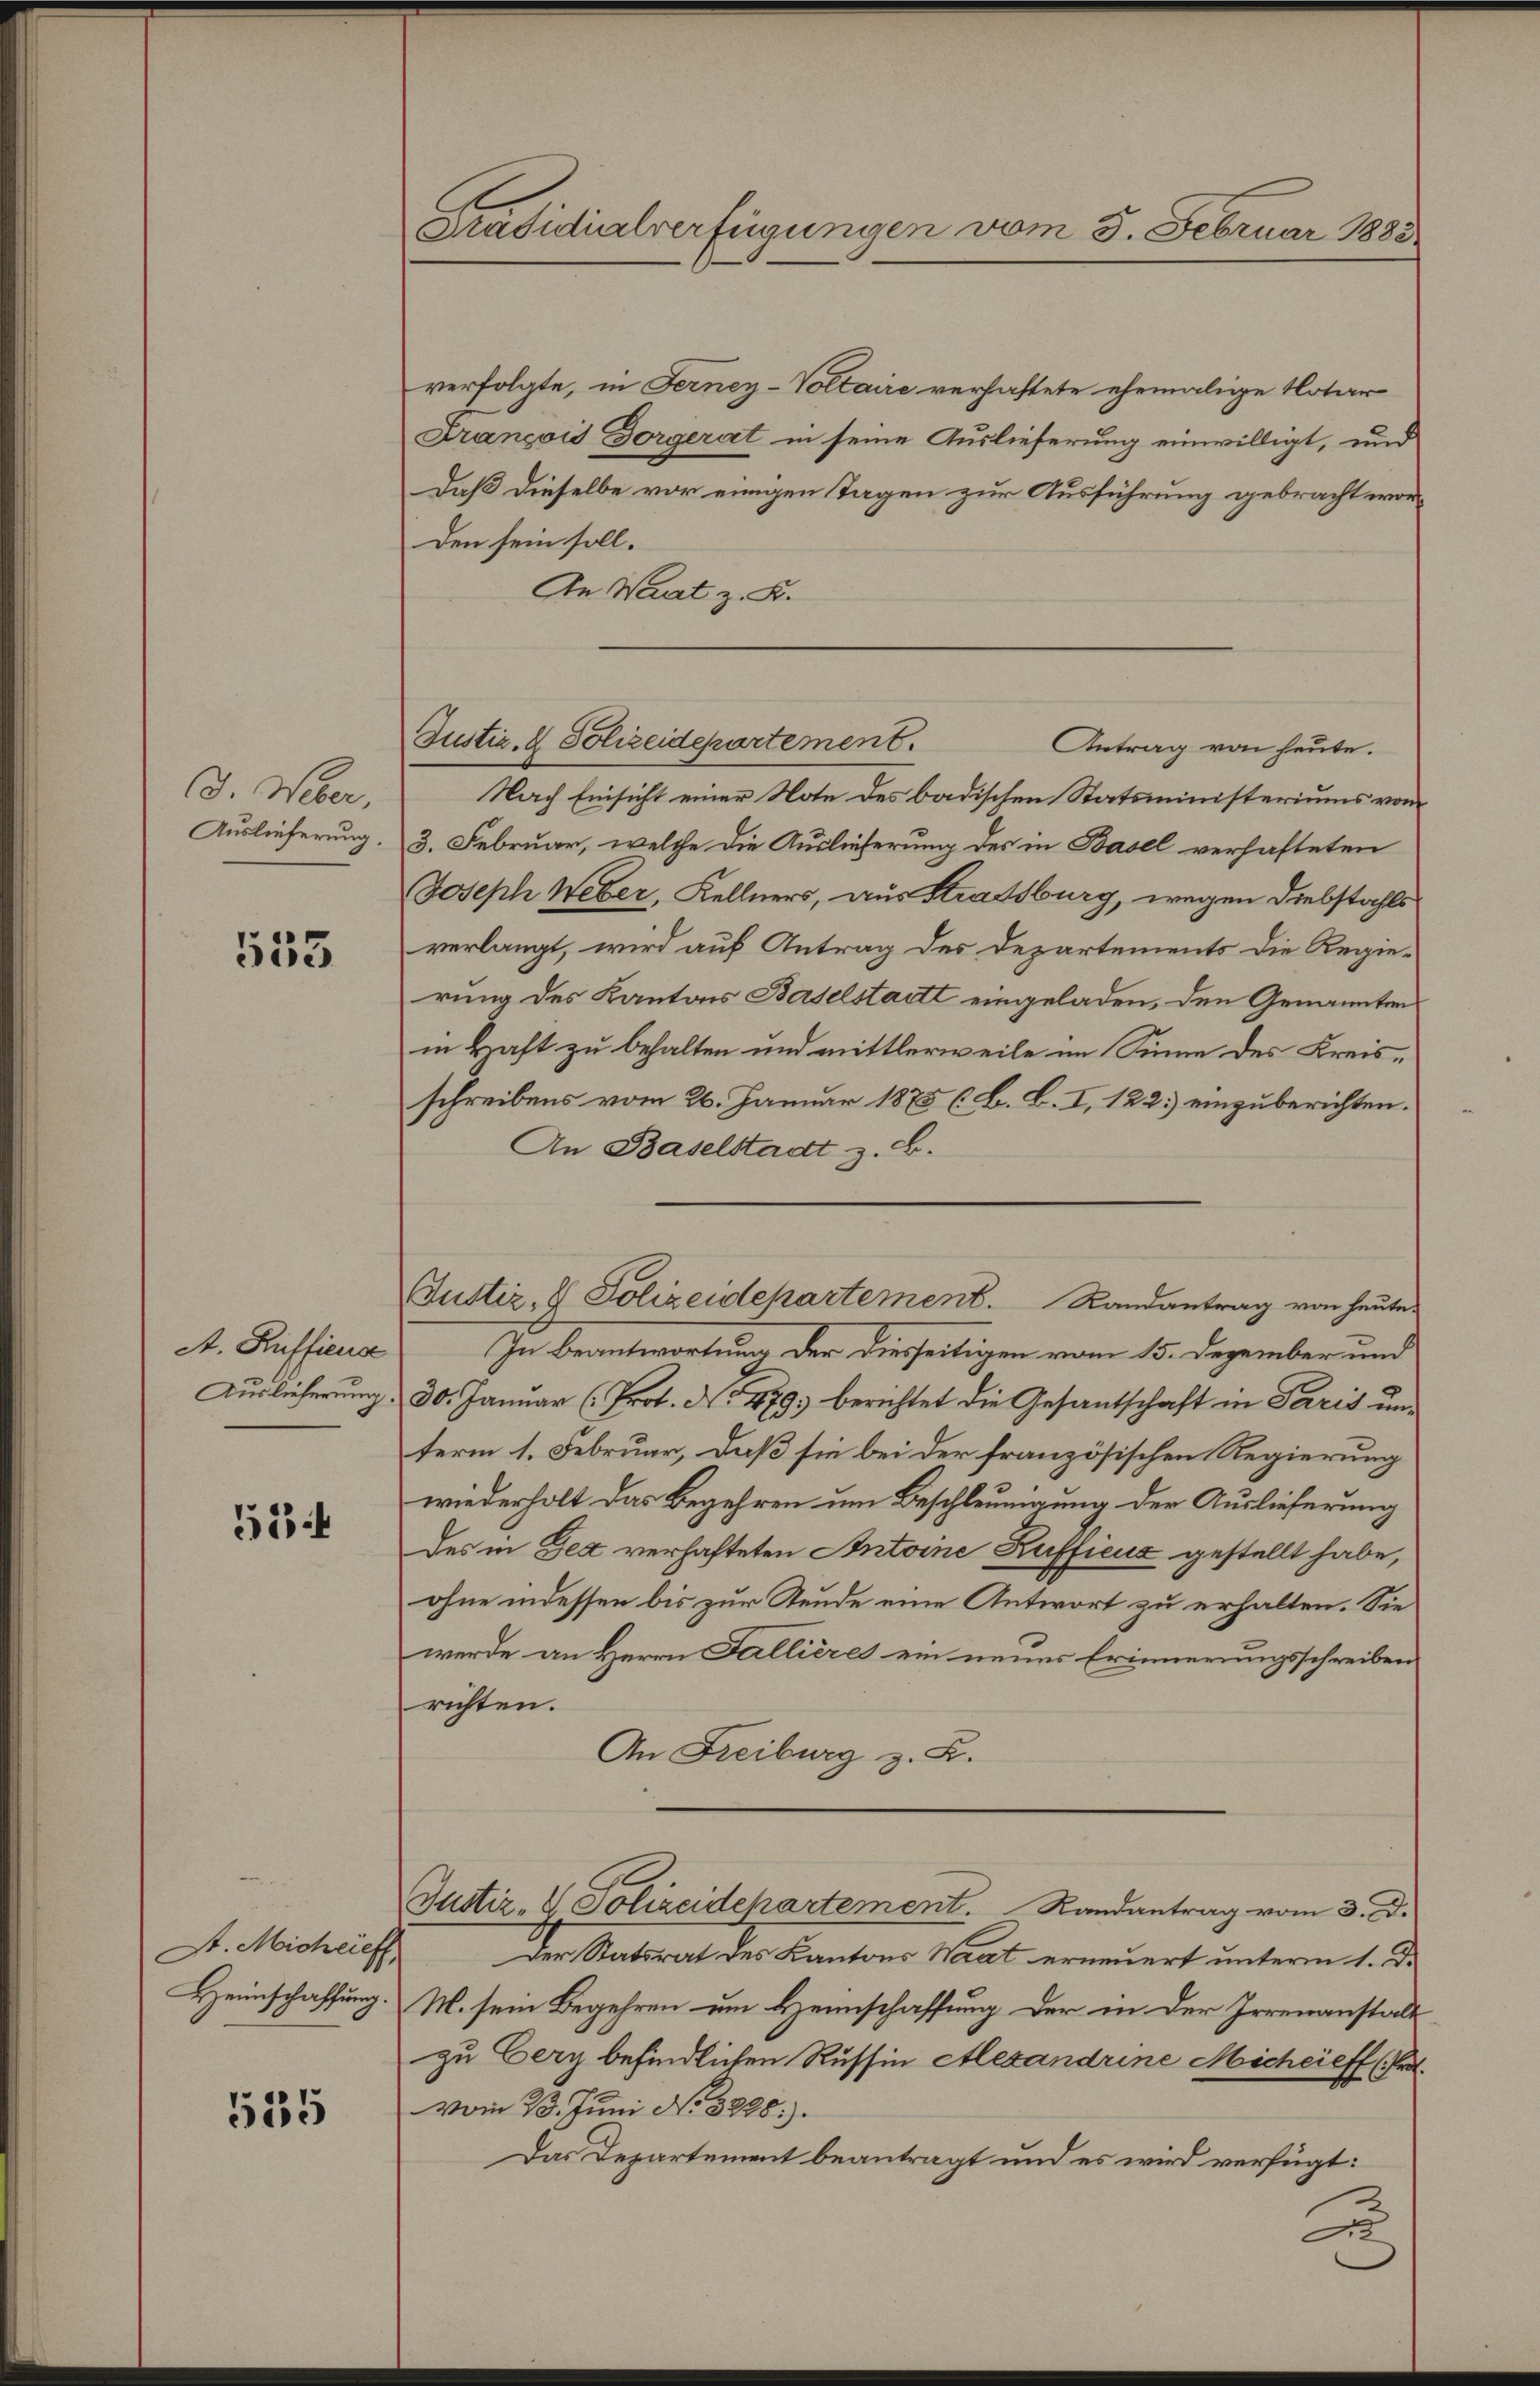
J. Weber,
Auslieferung.

553

A. Rüffiena
Auslieferung

534

St. Michlief

535

Präsidialverfügungen vom 5. Februar 1883

verfolgte, in Ferney-Voltaire verhaftete ehemalige Notar
François Dorgerat in seine Auslieferung einwilligt, und
Daß dieselbe vor einigen Tagen zur Ausführung gebracht wor¬
Den sein soll.
An Waadt z. K.
Antrag von heute.
Nach Einsicht einer Note des badischen Statsministeriums vom
3. Februar, welche die Auslieferung des in Basel verhafteten
Joseph Weber, Kellners, aus Strassburg, wegen Diebstahls
verlangt, wird auf Antrag des Departements die Regierung des Kantons Baselstadt eingeladen, den Genannten
in kraft zu behalten und mittlerweile im Sinne des Kreisschreibens vom 26. Januar 1875 (B. B. I, 122. einzuberichten.
An Baselstadt z. B.
In Beantwortung der diesseitigen vom 15. Dezember und
 30. Januar (Prot. No 479. berichtet die Gesantschaft in Paris unterm 1. Februar, daß sie bei der französischen Regierung
wiederholt das Begehren um Beschleunigung der Auslieferung
des in Bex verhafteten Antoine Kufficus gestellt habe,
ohne indessen bis zur Steude eine Antwort zu erhalten. Sie
werde an Herrn Fallières ein neues Erinnerungsschreiben
richten.
An Freiburg z. B.
Justiz- & Polizeidepartement. Randantrag vom 3. D.
Der Statsrat des Kantons Waat erneuert unterm 1. De
Heimschaffung. M. sein Begehren um Heimschaffung der in der Irrenanstalt
zu Eery befindlichen Russin Alexandrine Micheieff (Pr.
vom 23. Juni No 3898.
Das Departement beantragt und es wird verfügt:
B

Justiz- & Polizeidepartement.

Justiz- & Polizeidepartement. Randantrag von heute.